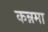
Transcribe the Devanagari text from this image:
कन्नमा